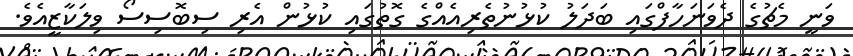
ވަނީ މެޗުގެ ދެވަނަހާފްގައި ބަދަލު ކުޅުނުތެރިއެއްގެ ގޮތުގައި ކުޅުން އެރި ސިބޮސިސޯ ވިލަކާޒީއެވެ.